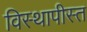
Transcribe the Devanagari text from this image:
विस्थापीस्त